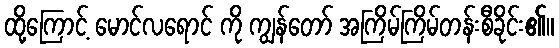
ထို့ကြောင့် မောင်လရောင် ကို ကျွန်တော် အကြိမ်ကြိမ်တန်းစီခိုင်း၏။